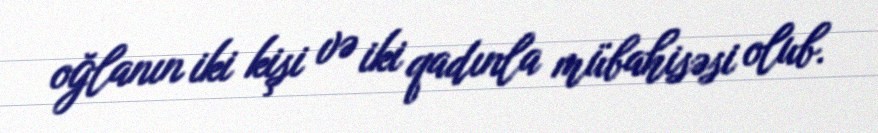
oğlanın iki kişi və iki qadınla mübahisəsi olub.